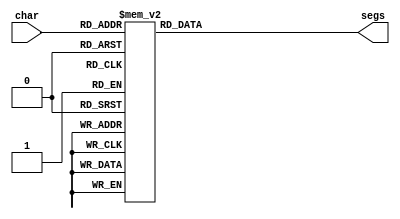
/*
   This file was generated automatically by the Mojo IDE version B1.3.6.
   Do not edit this file directly. Instead edit the original Lucid source.
   This is a temporary file and any changes made to it will be destroyed.
*/

module seven_seg_5 (
    input [3:0] char,
    output reg [6:0] segs
  );
  
  
  
  always @* begin
    
    case (char)
      1'h0: begin
        segs = 7'h3f;
      end
      1'h1: begin
        segs = 7'h06;
      end
      2'h2: begin
        segs = 7'h5b;
      end
      2'h3: begin
        segs = 7'h4f;
      end
      3'h4: begin
        segs = 7'h66;
      end
      3'h5: begin
        segs = 7'h6d;
      end
      3'h6: begin
        segs = 7'h7d;
      end
      3'h7: begin
        segs = 7'h07;
      end
      4'h8: begin
        segs = 7'h7f;
      end
      4'h9: begin
        segs = 7'h00;
      end
      4'ha: begin
        segs = 7'h76;
      end
      4'hb: begin
        segs = 7'h79;
      end
      4'hc: begin
        segs = 7'h38;
      end
      4'hd: begin
        segs = 7'h6e;
      end
      4'he: begin
        segs = 7'h77;
      end
      4'hf: begin
        segs = 7'h37;
      end
      default: begin
        segs = 7'h00;
      end
    endcase
  end
endmodule